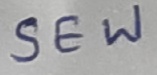
Text: SEW